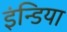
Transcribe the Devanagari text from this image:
इंन्डिया